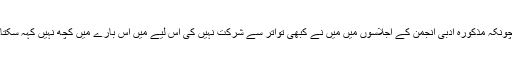
چونکہ مذکورہ ادبی انجمن کے اجلاسوں میں میں نے کبھی تواتر سے شرکت نہیں کی اس لیے میں اس بارے میں کچھ نہیں کہہ سکتا۔